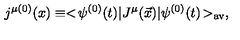
j ^ { \mu ( 0 ) } ( x ) \equiv < \! \psi ^ { ( 0 ) } ( t ) | J ^ { \mu } ( \vec { x } ) | \psi ^ { ( 0 ) } ( t ) \! > _ { \mathrm { a v } } ,